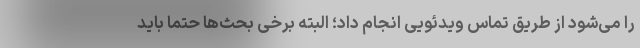
را می‌شود از طریق تماس ویدئویی انجام داد؛ البته برخی بحث‌ها حتما باید